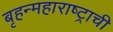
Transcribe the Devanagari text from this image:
बृहन्महाराष्ट्राची